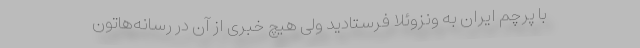
با پرچم ایران به ونزوئلا فرستادید ولی هیچ خبری از آن در رسانه‌هاتون